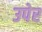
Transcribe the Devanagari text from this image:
उपेर